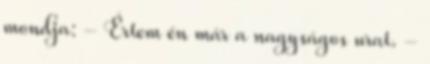
mondja: - Értem én már a nagyságos urat. -